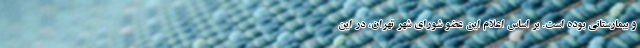
و بیمارستانی بوده است. بر اساس اعلام این عضو شورای شهر تهران، در این